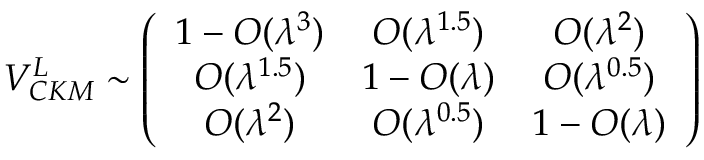
V _ { C K M } ^ { L } \sim \left( \begin{array} { c c c } { { 1 - O ( \lambda ^ { 3 } ) } } & { { O ( \lambda ^ { 1 . 5 } ) } } & { { O ( \lambda ^ { 2 } ) } } \\ { { O ( \lambda ^ { 1 . 5 } ) } } & { { 1 - O ( \lambda ) } } & { { O ( \lambda ^ { 0 . 5 } ) } } \\ { { O ( \lambda ^ { 2 } ) } } & { { O ( \lambda ^ { 0 . 5 } ) } } & { { 1 - O ( \lambda ) } } \end{array} \right)